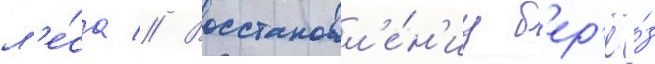
л'е́са // Восстановл'е́н'иу б'ер'ё́з